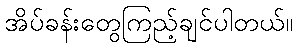
အိပ်ခန်းတွေကြည့်ချင်ပါတယ်။